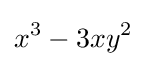
x^{3}-3xy^{2}